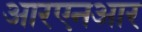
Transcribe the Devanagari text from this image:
आरएनआर